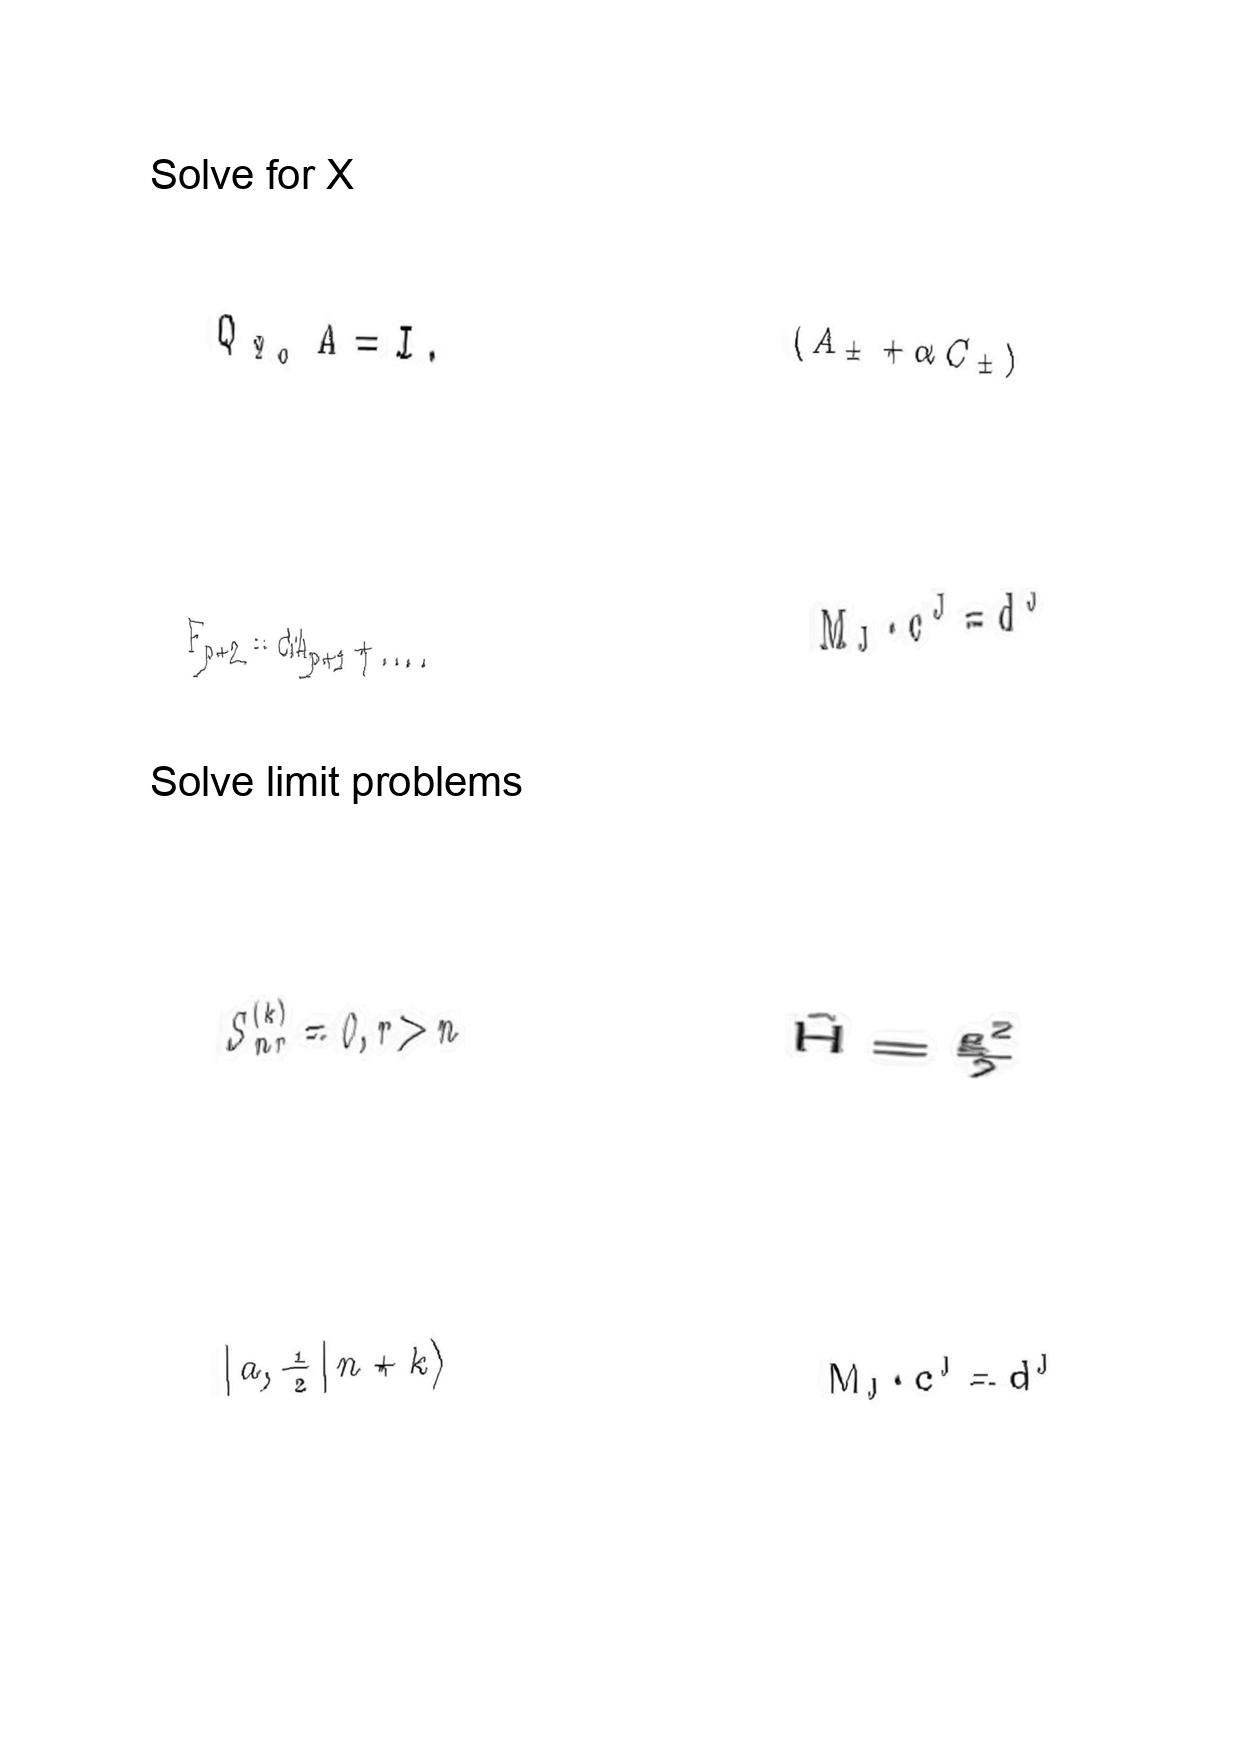
LaTeX transcription:
Q _ { \Psi _ { 0 } } A = I .
F _ { p + 2 } = d A _ { p + 1 } + \ldots .
S _ { n r } ^ { \lparen k \rparen } = 0 , r \gt n
\vert  a , \frac { 1 } { 2 } \vert n + k \rangle
\lparen A _ { \pm } + \alpha C _ { \pm } \rparen
M _ { J } \cdot c ^ { J } = d ^ { J }
\hat { H } = \frac { g ^ { 2 } } { 2 }
M _ { J } \cdot c ^ { J } = d ^ { J }